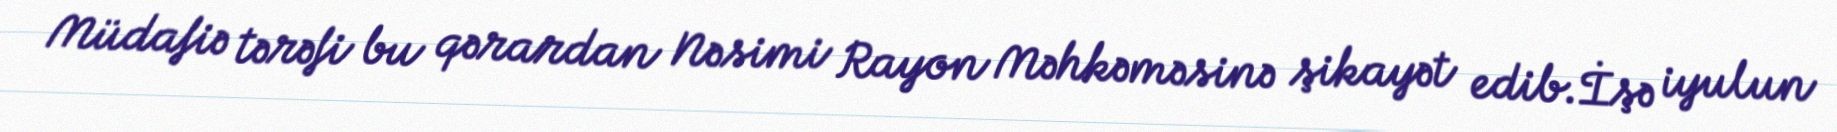
Müdafiə tərəfi bu qərardan Nəsimi Rayon Məhkəməsinə şikayət edib.İşə iyulun